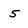
Character: 5